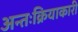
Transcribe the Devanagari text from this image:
अन्तःक्रियाकारी